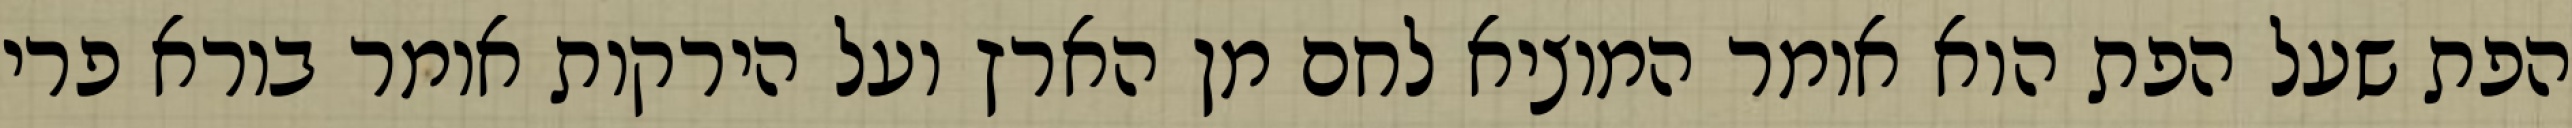
הפת שעל הפת הוא אומר המוציא לחם מן הארץ ועל הירקות אומר בורא פרי